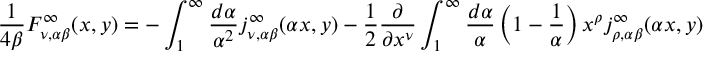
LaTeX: \frac { 1 } { 4 \beta } F _ { \nu , \alpha \beta } ^ { \infty } ( x , y ) = - \int _ { 1 } ^ { \infty } \frac { d \alpha } { \alpha ^ { 2 } } j _ { \nu , \alpha \beta } ^ { \infty } ( \alpha x , y ) - \frac { 1 } { 2 } \frac { \partial } { \partial x ^ { \nu } } \int _ { 1 } ^ { \infty } \frac { d \alpha } { \alpha } \left( 1 - \frac { 1 } { \alpha } \right) x ^ { \rho } j _ { \rho , \alpha \beta } ^ { \infty } ( \alpha x , y )